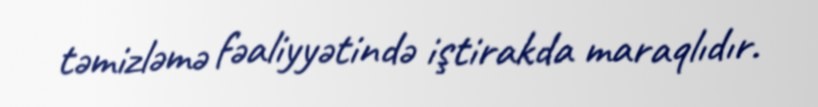
təmizləmə fəaliyyətində iştirakda maraqlıdır.